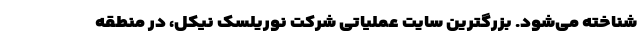
شناخته می‌شود. بزرگترین سایت عملیاتی شرکت نوریلسک نیکل، در منطقه